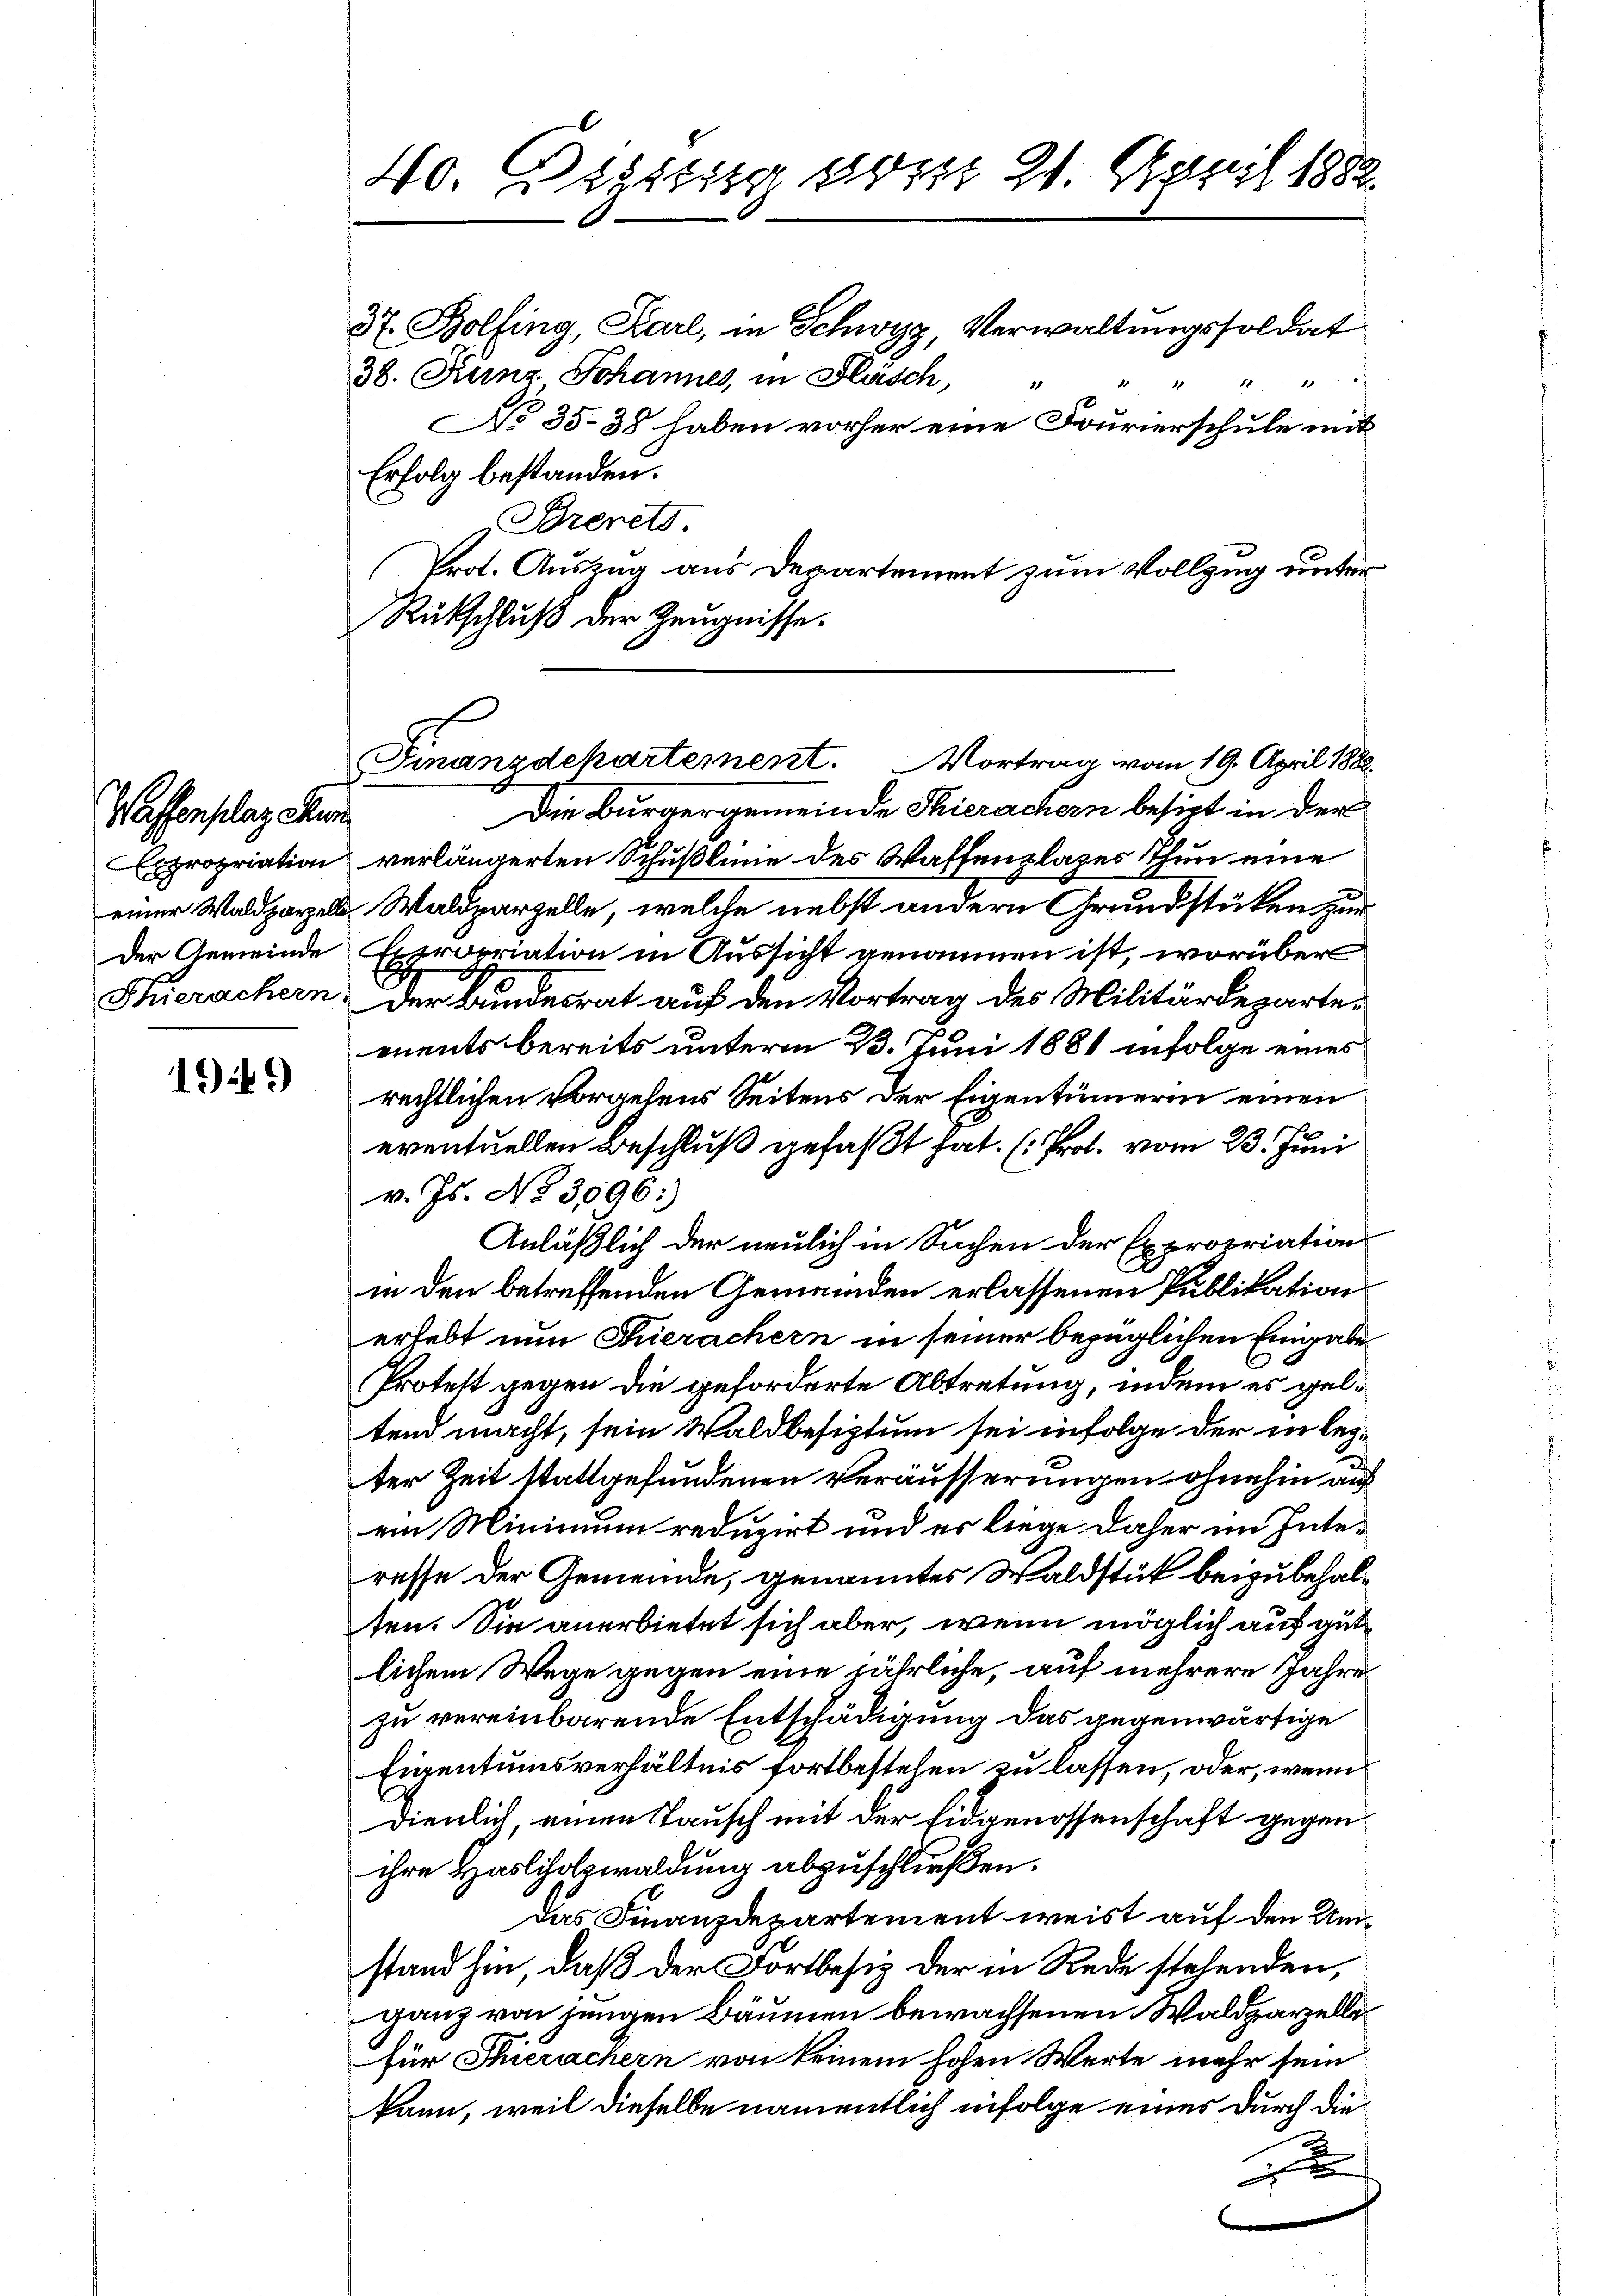
Wassensclag der

1949

Rückschluß der Zeugnisse.

1
40. Classig Frist 21. Maril 1882
37. Bolfing, Karl, in Schwyz, Verwaltungssoldat
38. Furnz Johannes, in Flasch,
11 11 11 11
18
No 35-38 haben vorher eine Fourierschule mit
Erfolg bestanden.
Brerets.
Prot. Auszug aus Departement zum Vollzug unter¬

Die Bürgergemeinde Thierachern besizt in der
Expropriation verlängerten Schußlinie des Waffenplazes Thun eine
einer Waldparzell Waldparzelle, welche nebst andern Grundstücken zur
Der Gemeinde Expropriation in Aussicht genommen ist, worüber
Thierachern, der Bundesrat auf den Vortrag des Militärdeparte-
mnents bereits unterm 23. Juni 1881 infolge eines
rechtlichen Vorgehens Seitens der Eigentümerin einen
eventuellen Beschluß gefaßt hat. (Prol. vom 23. Juni
v. Js. No 3096:
Anläßlich der neulich in Sachen der Expropriation
in den betreffenden Gemeinden erlassenen Publikation
erhebt nun Thierachern in seiner bezüglichen Eingabe
Protest gegen die geforderte Abtretung, indem es geltend macht, sein Waldbesiztum sei infolge der in lezter Zeit stattgefundenen Veräusserungen ohnehin auf
ein Mininium reduzirt und es liege daher im Interasse der Gemeinde, genanntes Waldstük beizubehalten. Sie anerbietet sich aber, wenn möglich auf gütlichem Wege gegen eine jährliche, auf mehrere Jahre
zu vereinbarende Entschädigung das gegenwärtige
Eigentumsverhältnis fortbestehen zu lassen, oder, wenn
dienlich einen Tausch mit der Eidgenossenschaft gegen
ihre Hasliholswaldung abzuschließen.
das Finanzdepartement weist auf den Umstand hin, daß der Fortbesiz der in Rede stehenden,
ganz von jungen Bäumen bewachsenen Waldparzellefür Thierachern von keinem hohen Werte mehr sein
kann, weil dieselbe namentlich infolge eines durch die
x

Finanzdekartement. Vortrag vom 19. April 1882.